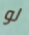
لو